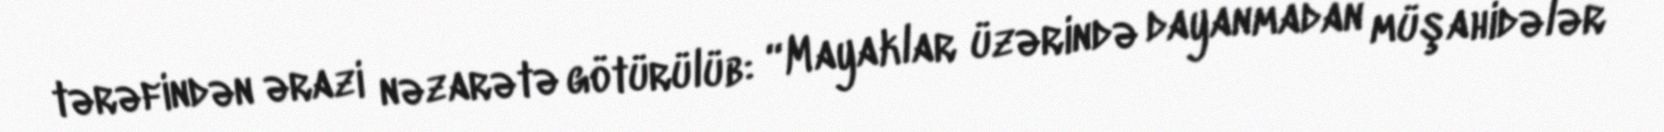
tərəfindən ərazi nəzarətə götürülüb: “Mayaklar üzərində dayanmadan müşahidələr